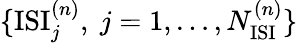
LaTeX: \{ \mathrm{ISI}_{j}^{(n)},~j=1,\dots,N_{\mathrm{ISI}}^{(n)}\}